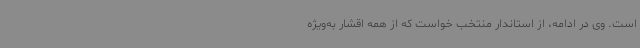
است. وی در ادامه، از استاندار منتخب خواست که از همه اقشار به‌ویژه